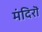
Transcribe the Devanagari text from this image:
मंदिरॊ